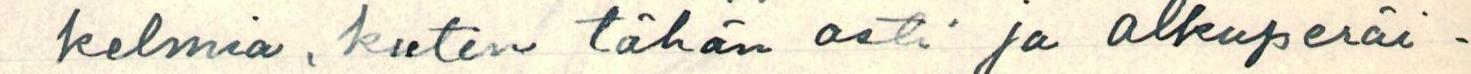
kelmia, kuten tähän asti ja alkuperäi-